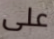
على